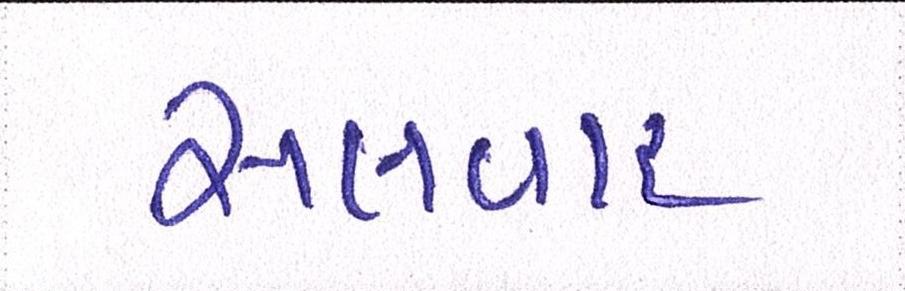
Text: સલવાર